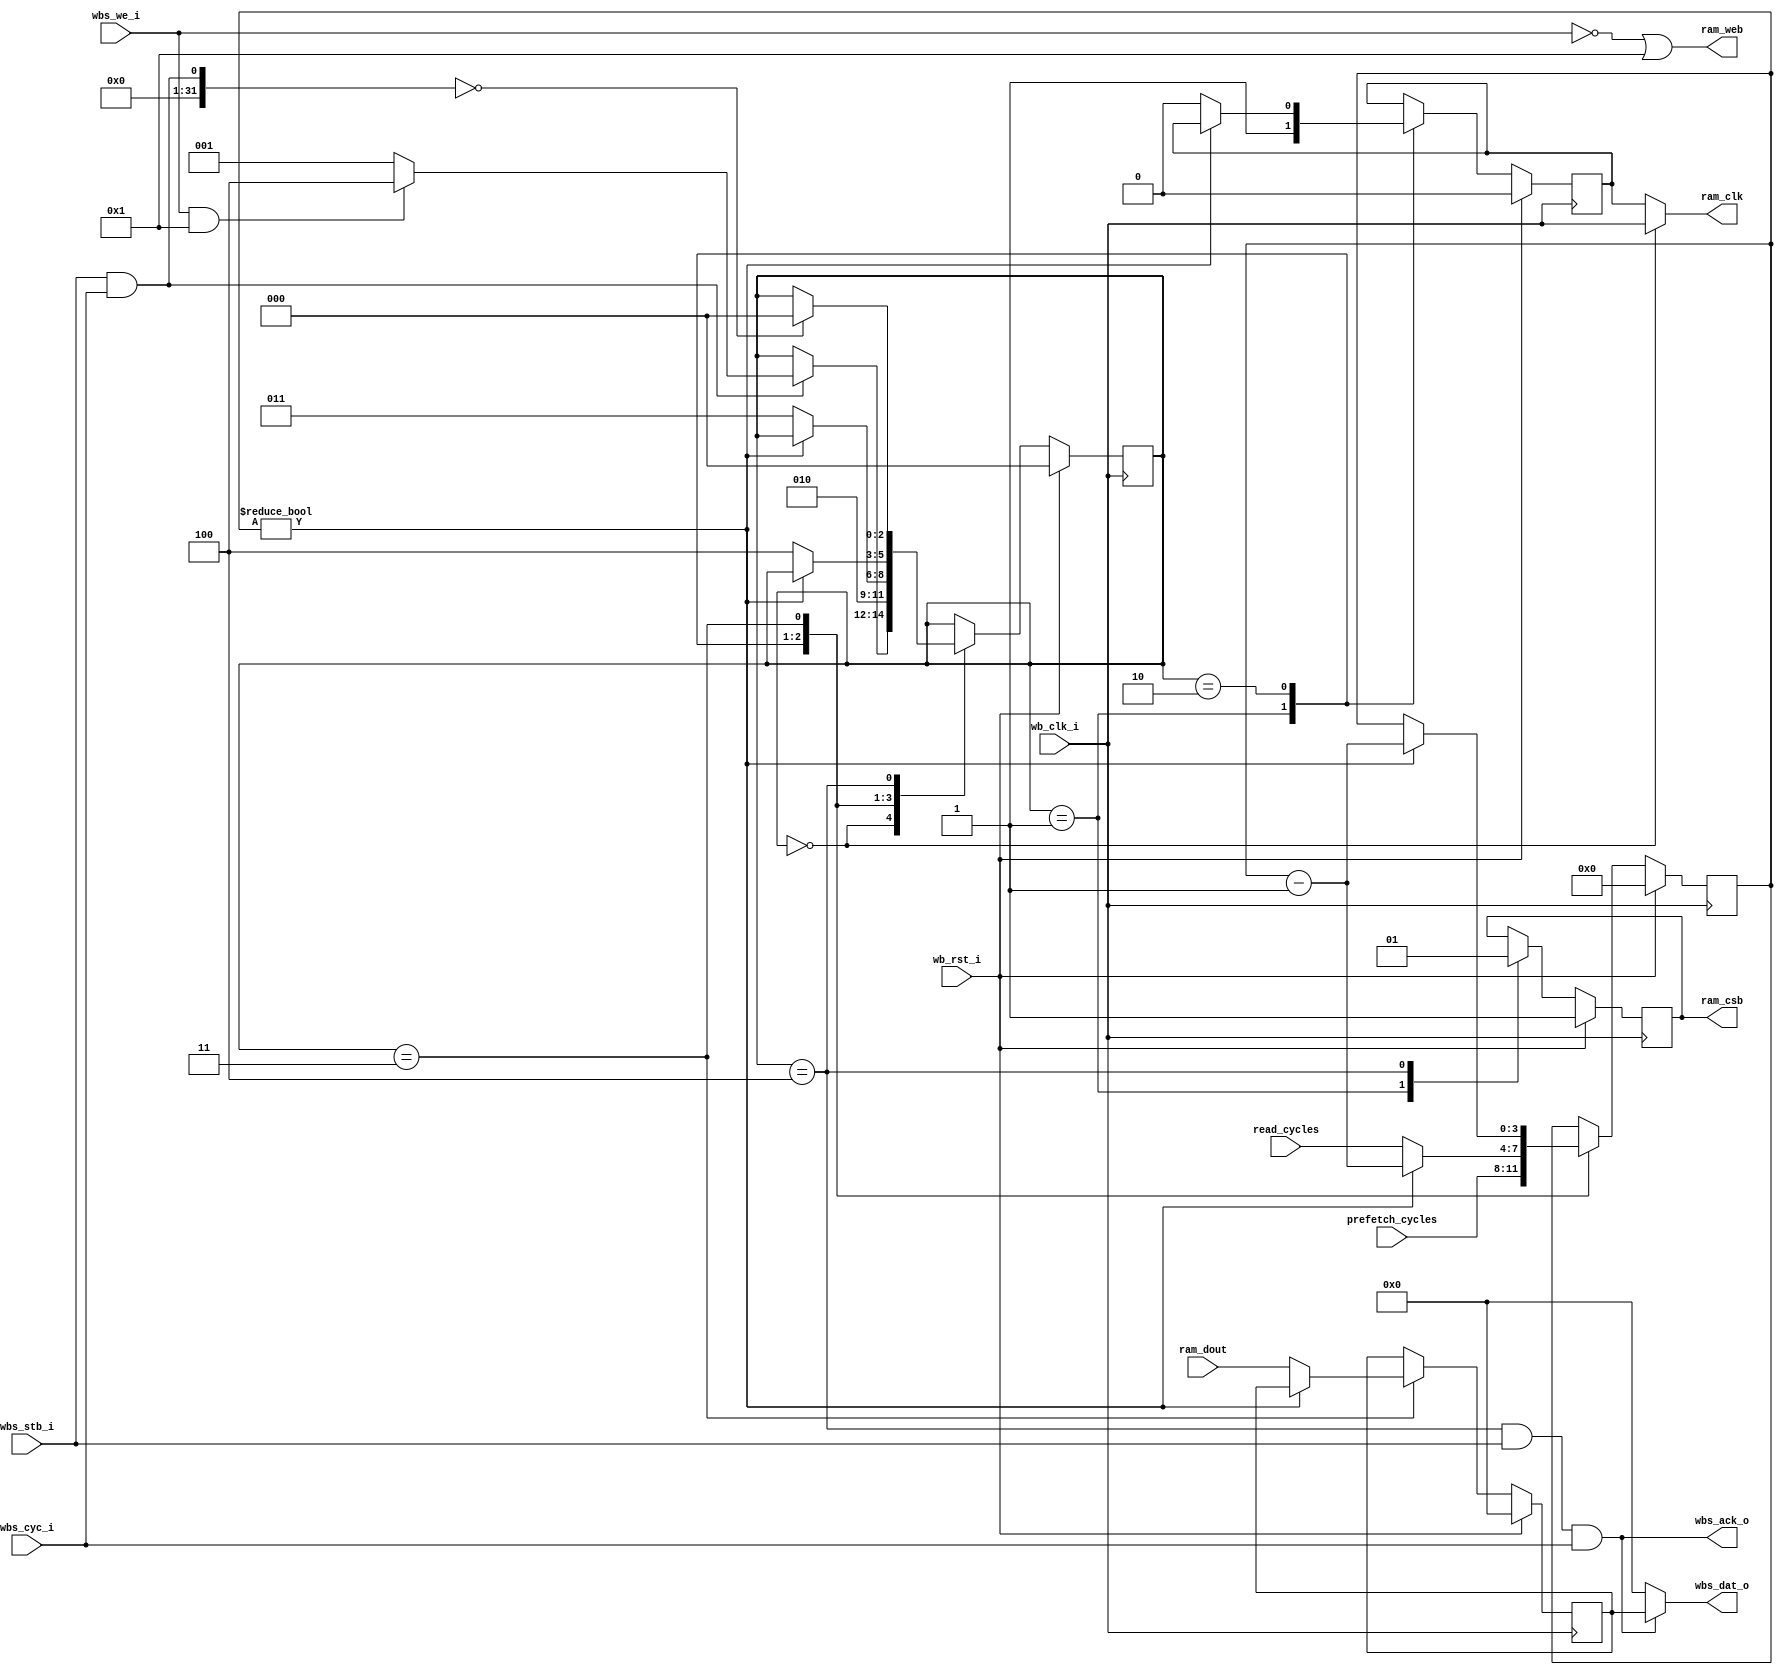
module wb_port_control 
#(
    parameter READ_ONLY = 1,
    parameter LATENCY_CNTR_WIDTH = 4
)
(
`ifdef USE_POWER_PINS
    inout vccd1,	// User area 1 1.8V supply
    inout vssd1,	// User area 1 digital ground
`endif

    // configuration for clock stretching
    input [LATENCY_CNTR_WIDTH-1:0] prefetch_cycles,
    input [LATENCY_CNTR_WIDTH-1:0] read_cycles,

    // Wishbone port A
    input           		wb_clk_i,
    input           		wb_rst_i,
    input           		wbs_stb_i,
    input           		wbs_cyc_i,
    input           		wbs_we_i,
    output          		wbs_ack_o,
    output [31:0]           wbs_dat_o,

    // OpenRAM interface: RW
    output                  ram_clk,       // stretched clock
    output          		ram_csb,       // active low chip select
    output          		ram_web,       // active low write control
    input  [31:0]           ram_dout
);

// FSM
parameter S_IDLE = 0, S_ACTIVATE = 1, S_PREFETCH = 2, S_READWRITE = 3, S_ACK = 4;
reg [2:0] state_r;

reg [LATENCY_CNTR_WIDTH-1:0] cycle_r;
reg int_clk_r;
reg [31:0] dout_r;

always @(negedge wb_clk_i) begin
	if (wb_rst_i) begin
        state_r <= S_IDLE;
        cycle_r <= 0;
        int_clk_r <= 0;
        dout_r <= 0;
    end else begin
        case (state_r)
			S_IDLE: begin	
                if (wbs_stb_i && wbs_cyc_i) begin
                    if (wbs_we_i && READ_ONLY) begin
                        state_r <= S_ACK;
                    end else begin
                        state_r <= S_ACTIVATE;
                    end
                end
            end
            S_ACTIVATE: begin
                state_r <= S_PREFETCH;
                cycle_r <= prefetch_cycles;
                int_clk_r <= 1;
            end
            S_PREFETCH: begin
                if (cycle_r) begin
                    cycle_r <= cycle_r - 1;
                end else begin
                    state_r <= S_READWRITE;
                    cycle_r <= read_cycles;
                    int_clk_r <= 0;
                end
            end
            S_READWRITE: begin
                if (cycle_r) begin
                    cycle_r <= cycle_r - 1;
                end else begin
                    dout_r <= ram_dout;
                    state_r <= S_ACK;                    
                end
            end
            S_ACK: begin
                if ((wbs_stb_i && wbs_cyc_i) == 0) begin
                    state_r <= S_IDLE;
                end
            end
        endcase
    end
end

// drive CS on rising edges
reg csb_r;

always @(posedge wb_clk_i) begin
    if (wb_rst_i) begin
        csb_r <= 1;
    end else begin
        case (state_r)
            S_ACTIVATE: begin
                csb_r <= 0;
            end
            S_ACK: begin
                csb_r <= 1;
            end
        endcase
    end
end

assign wbs_dat_o = ((state_r == S_ACK) && wbs_stb_i && wbs_cyc_i) ? dout_r : 32'h0;
assign wbs_ack_o = (state_r == S_ACK) && wbs_stb_i && wbs_cyc_i;

assign ram_clk = (state_r == S_IDLE) ? wb_clk_i : int_clk_r;
assign ram_csb = csb_r;
assign ram_web = !wbs_we_i || READ_ONLY;

endmodule